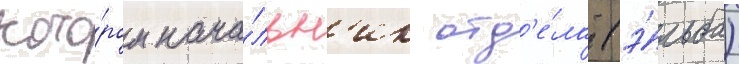
кото́ром нача́льн'ик отд'е́ла (э́льба)